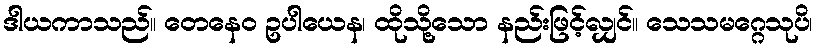
ဒါယကာသည်။ တေနေဝ ဥပါယေန၊ ထိုသို့သော နည်းဖြင့်လျှင်။ သေသမဂ္ဂေသုပိ၊